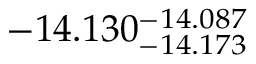
- 1 4 . 1 3 0 _ { - 1 4 . 1 7 3 } ^ { - 1 4 . 0 8 7 }